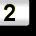
Digit: 2